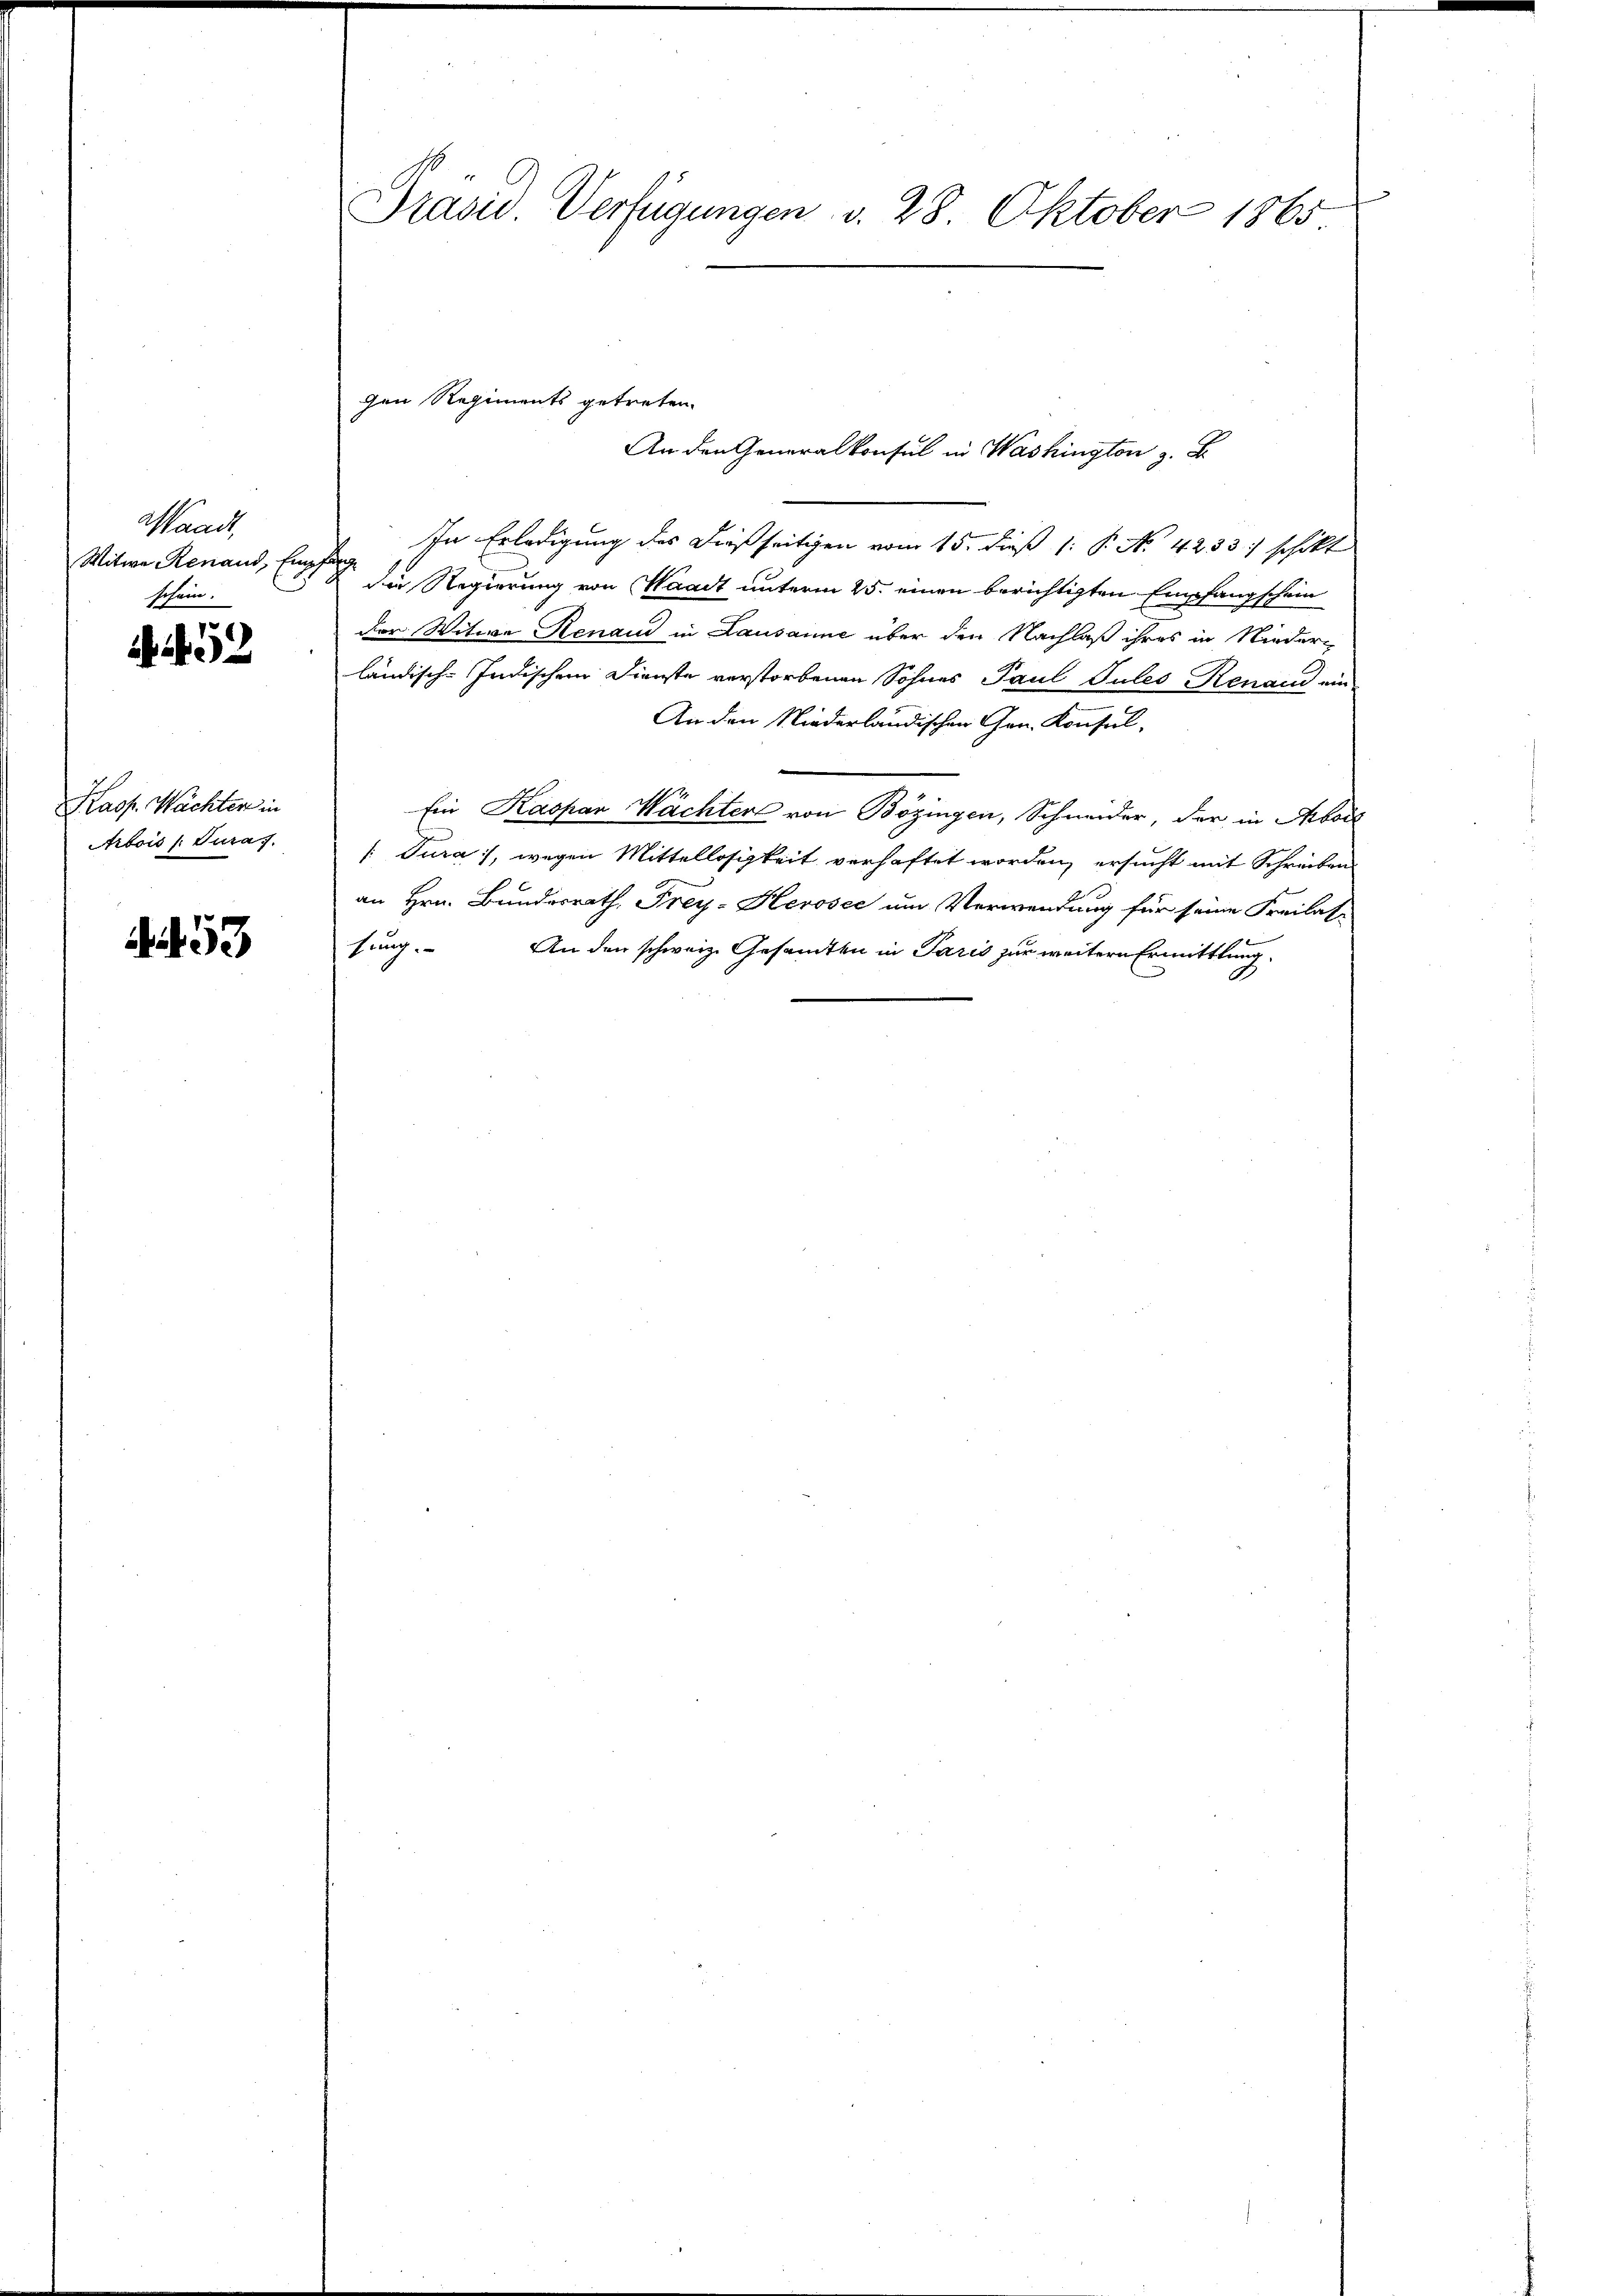
Waadt,
Witwe Renaud, Emp
schein.

2

Kasp. Wächter in
Arbois /: Juras.

53

Präsid. Verfügungen d. 28 Oktober 1865

gen Regiments getreten.
An den Generalkonsul in Washington z. B.

In Erledigung des dießseitigen vom 15. dieß 1: P. No. 4233) schikt
F
Die Regierung von Waadt unterm 25. einen berichtigten Empfangschein
Der Witwe Renaud in Lausanne über den Nachlaß ihres in Nieder-
ländisch-Indischen Dienste verstorbenen Sohnes Paul Pules Renau ein
An den Niederländischen Gen. Konsul-
Ein Kaspar Wachter von Bözingen, Schneider, der in Absch
[Tura, wegen Mittellosigkeit verhaftet worden, ersucht mit Schreiben
an Hrn. Bundesrath, Frey- Herosec um Verwendung für seine Freilas-
sung. An den schweiz. Gesamten in Paris zur weitern Ermittlung.